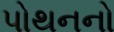
પોથનનો